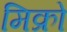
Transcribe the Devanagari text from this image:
मिक्रो